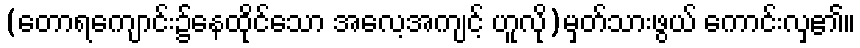
(တောရကျောင်း၌နေထိုင်သော အလေ့အကျင့် ဟူလို)မှတ်သားဖွယ် ကောင်းလှ၏။